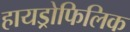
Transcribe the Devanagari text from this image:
हायड्रोफिलिक